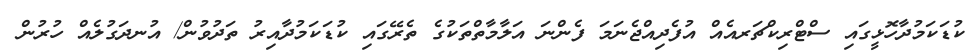
ކުޑަކަމުދާހޮޅީގައި ސްޓްރިކްޗަރއެއް އުފެދިއްޖެނަމަ ފެންނަ އަލާމާތްތަކުގެ ތެރޭގައި ކުޑަކަމުދާއިރު ތަދުވުން/ އުނދަގުލެއް ހުރުން